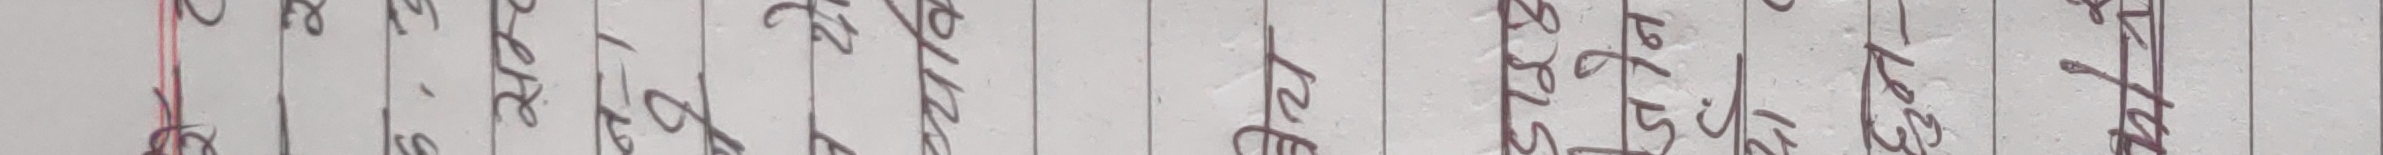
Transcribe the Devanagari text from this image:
खर्च हुने